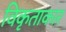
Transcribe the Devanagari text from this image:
विकृताकार